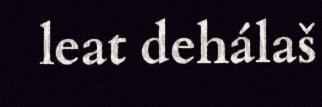
leat dehálaš